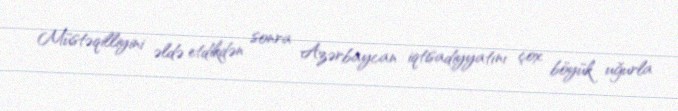
Müstəqilliyini əldə etdikdən sonra Azərbaycan iqtisadiyyatını çox böyük uğurla